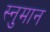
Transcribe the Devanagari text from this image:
स्नुमान